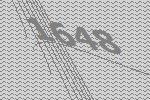
1648